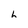
Character: h